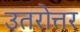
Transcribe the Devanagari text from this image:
उतरोत्तर